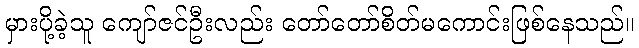
မှားပို့ခဲ့သူ ကျော်ဇင်ဦးလည်း တော်တော်စိတ်မကောင်းဖြစ်နေသည်။